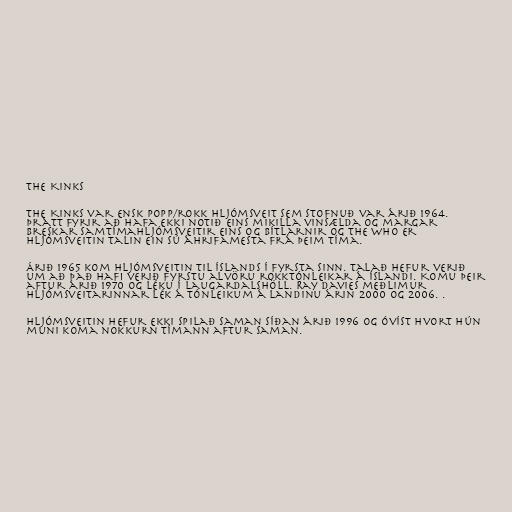
The Kinks

The Kinks var ensk popp/rokk hljómsveit sem stofnuð var árið 1964.
Þrátt fyrir að hafa ekki notið eins mikilla vinsælda og margar
breskar samtímahljómsveitir eins og Bítlarnir og The Who er
hljómsveitin talin ein sú áhrifamesta frá þeim tíma.

Árið 1965 kom hljómsveitin til Íslands í fyrsta sinn. Talað hefur verið
um að það hafi verið fyrstu alvöru rokktónleikar á Íslandi. Komu þeir
aftur árið 1970 og léku í Laugardalshöll. Ray Davies meðlimur
hljómsveitarinnar lék á tónleikum á landinu árin 2000 og 2006. .

Hljómsveitin hefur ekki spilað saman síðan árið 1996 og óvíst hvort hún
muni koma nokkurn tímann aftur saman.